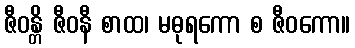
ဇီဝန္တိ ဇီဝနီ စာထ၊ မဓုရကော စ ဇီဝကော။